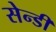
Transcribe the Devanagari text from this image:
सेन्डी